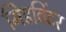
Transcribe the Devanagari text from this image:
मिडविंटर